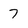
Character: 7